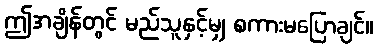
ဤအချိန်တွင် မည်သူနှင့်မျှ စကားမပြောချင်။